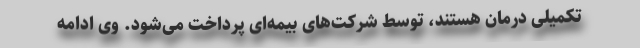
تکمیلی درمان هستند، توسط شرکت‌های بیمه‌ای پرداخت می‌شود. وی ادامه